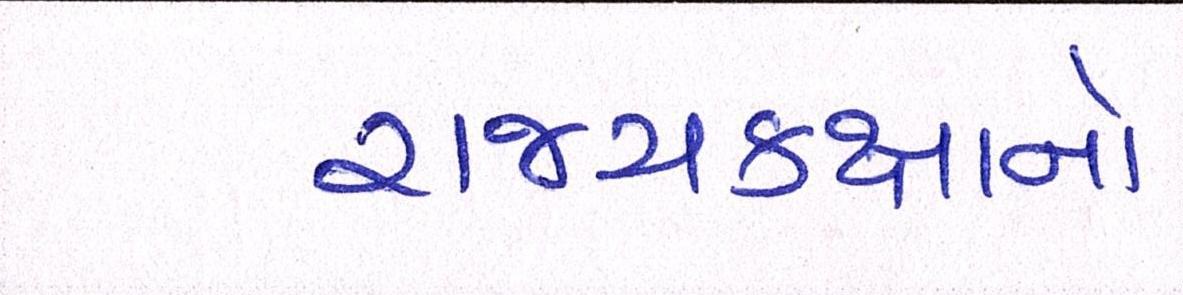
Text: રાજ્યકક્ષાનો